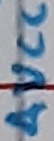
Text: AVCC